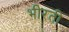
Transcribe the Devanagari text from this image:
भीरती